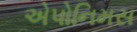
એપોનિમસ